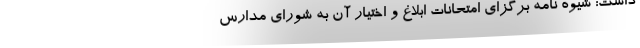
داشت: شیوه نامه برگزای امتحانات ابلاغ و اختیار آن به شورای مدارس